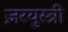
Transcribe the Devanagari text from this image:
ज़रयुस्त्री